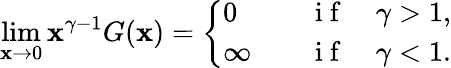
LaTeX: \operatorname*{lim}_{\mathbf{x}\to0}\mathbf{x}^{\gamma-1}G(\mathbf{x})=\left\{ \begin{array}{ll}{0\quad}&{\mathrm{~i~f~}\quad\gamma>1,}\\ {\infty\quad}&{\mathrm{~i~f~}\quad\gamma<1.}\end{array}\right.